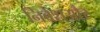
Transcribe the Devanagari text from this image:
निवेशऔर